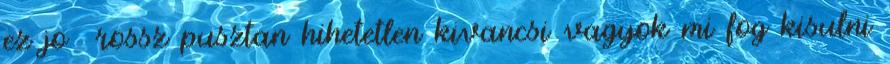
ez jo rossz pusztan hihetetlen kivancsi vagyok mi fog kisulni